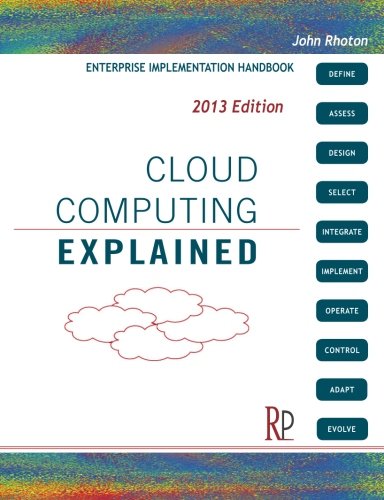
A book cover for Cloud Computing Explained: Implementation Handbook for Enterprises; John Rhoton; Computers & Technology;